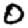
Digit: 0